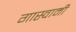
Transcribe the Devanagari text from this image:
गास्वामी